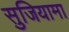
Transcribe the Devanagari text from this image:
सुजियामा